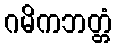
ဂမိကဘတ္တံ